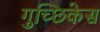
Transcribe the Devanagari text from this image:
गुच्छिकेस